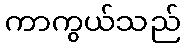
ကာကွယ်သည်